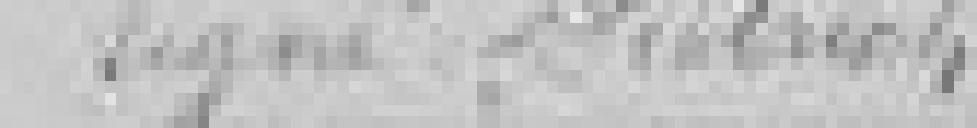
signé : Dietrich